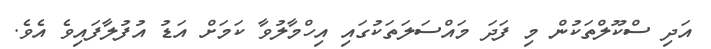
އަދި ސްކޫލްތަކުން މި ފަދަ މައްސަލަތަކުގައި އިހްމާލުވާ ކަމަށް އަޑު އުފުލާފައިވެ އެވެ.